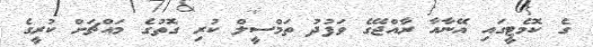
ގެ ކޮމެޓީގައި އޭނާއާ ރާއްޖޭގެ ވަފުދު ތަމްސީލް ކުރި ގޮތުގެ މައްޗަށް ކުރީގެ